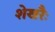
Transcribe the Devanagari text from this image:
शेखरैः